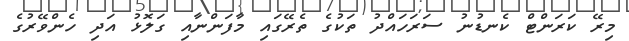
މިރޭ ކަރަންޓް ކެނޑުނު ސަރަހައްދު ތަކުގެ ތެރޭގައި މާފަންނާއި ގަލޮޅު އަދި ހެންވޭރުގެ